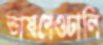
ভাষণেওঢালি